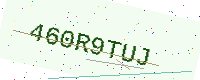
Text: 460R9TUJ